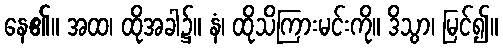
နေ၏။ အထ၊ ထိုအခါ၌။ နံ၊ ထိုသိကြားမင်းကို။ ဒိသွာ၊ မြင်၍။